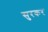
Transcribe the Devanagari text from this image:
सुरकर